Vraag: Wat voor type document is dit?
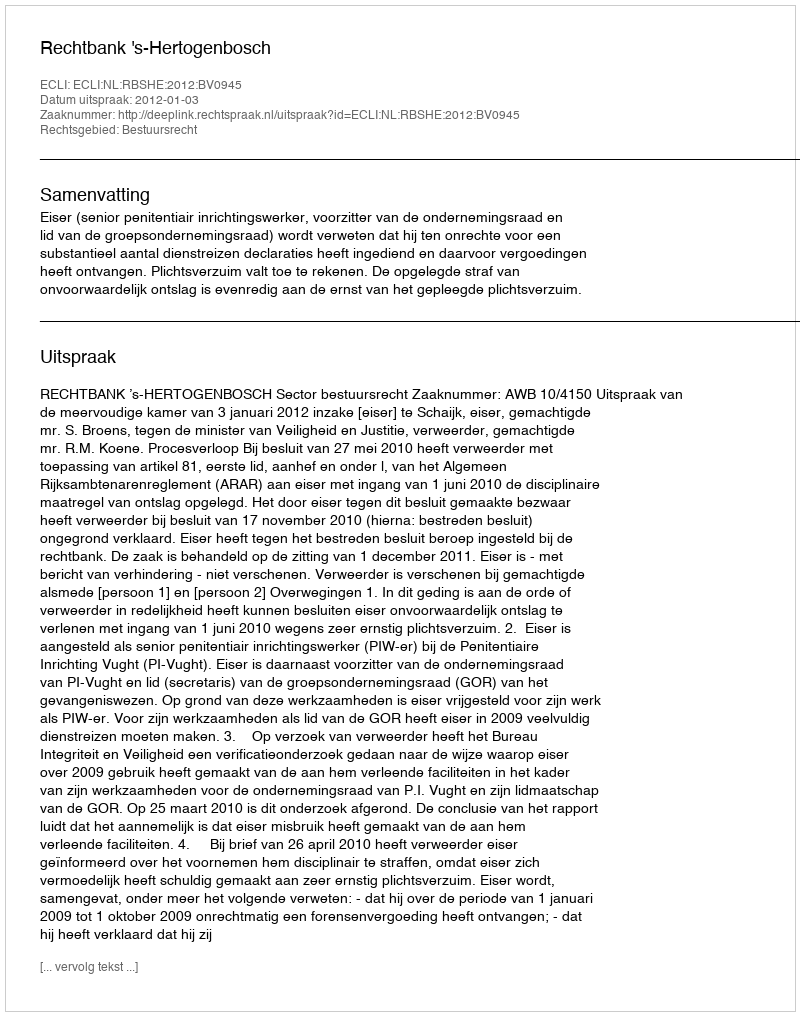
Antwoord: Uitspraak